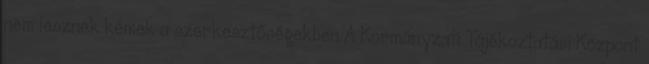
nem lesznek kémek a szerkesztőségekben A Kormányzati Tájékoztatási Központ